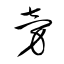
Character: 旁